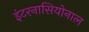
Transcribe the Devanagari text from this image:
इंटरनासियोनाल